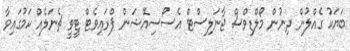
ބަޔަކު ގެއްލުން ދިނުން މޯލްޑިވްސް ޖާނަލިސްޓް އެސޯސިއޭޝަން ޕްރައިވެޓް ޓީވީ ޗެނަލެއް ކަމުގައިވާ